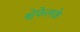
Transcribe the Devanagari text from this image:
श्वेफेलके